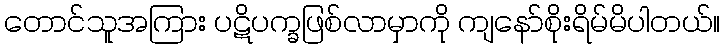
တောင်သူအကြား ပဋိပက္ခဖြစ်လာမှာကို ကျနော်စိုးရိမ်မိပါတယ်။